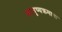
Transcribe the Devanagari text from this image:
आयुष्यक्रमाचा